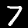
Digit: 7